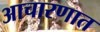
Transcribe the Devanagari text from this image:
आचारणात